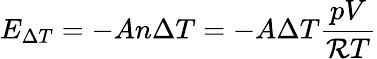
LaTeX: E_{\Delta T}=-An\Delta T=-A\Delta T{\frac{pV}{\mathcal{R}T}}